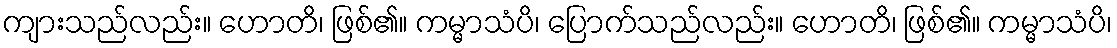
ကျားသည်လည်း။ ဟောတိ၊ ဖြစ်၏။ ကမ္မာသံပိ၊ ပြောက်သည်လည်း။ ဟောတိ၊ ဖြစ်၏။ ကမ္မာသံပိ၊